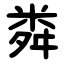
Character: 粦